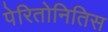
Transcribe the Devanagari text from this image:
पेरितोनितिस